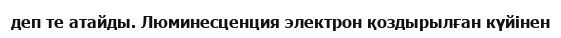
деп те атайды. Люминесценция электрон қоздырылған күйінен